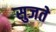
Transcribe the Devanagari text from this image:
सुजते